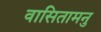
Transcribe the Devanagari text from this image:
वासितामनु